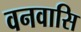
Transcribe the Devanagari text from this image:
वनवासि